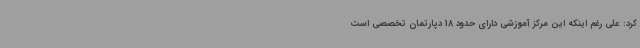
کرد: علی رغم اینکه این مرکز آموزشی دارای حدود 18 دپارتمان تخصصی است